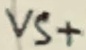
Text: VS+